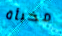
مخبأة